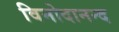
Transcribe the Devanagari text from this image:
विनोदानन्द